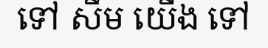
ទៅ សឹម យើង ទៅ